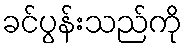
ခင်ပွန်းသည်ကို